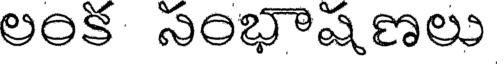
లంక సంభాషణలు